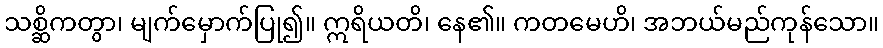
သစ္ဆိကတွာ၊ မျက်မှောက်ပြု၍။ ဣရိယတိ၊ နေ၏။ ကတမေဟိ၊ အဘယ်မည်ကုန်သော။